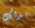
بذلك